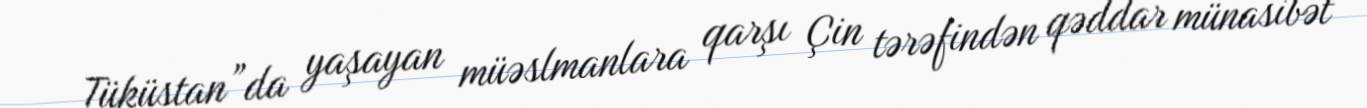
Tüküstan”da yaşayan müəslmanlara qarşı Çin tərəfindən qəddar münasibət